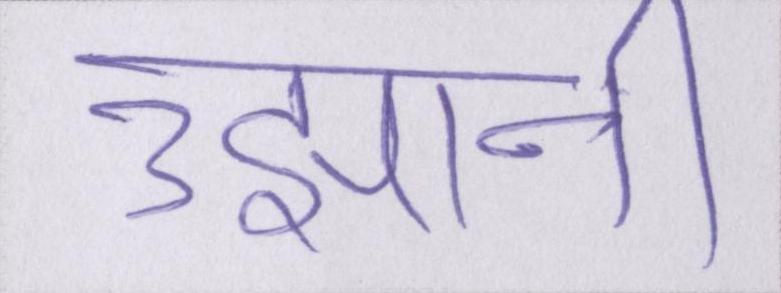
उझानी